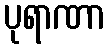
ပုရာဏာ